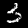
Label: 3